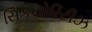
સિકયોરિટીઝ